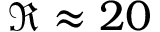
\Re \approx 2 0